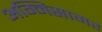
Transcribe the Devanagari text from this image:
अग्निसागर